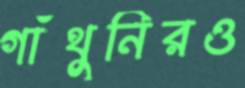
গাঁথুনিরও